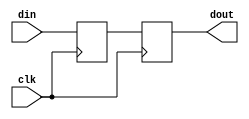
/////////////////////////////////////////
//  Functionality: flop to flop path
////////////////////////////////////////
// `timescale 1ns / 1ps


module GJC1(
  din,
  dout,
  clk);

input din;
input clk;
output reg dout;

reg q1 ;


always @(posedge clk)
    begin
      q1 <= din ;
	end

always @(posedge clk)
    begin 
	    dout <= q1 ;
	end
		
endmodule